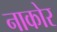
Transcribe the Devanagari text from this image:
नाकोर